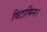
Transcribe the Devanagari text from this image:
विटामिन।